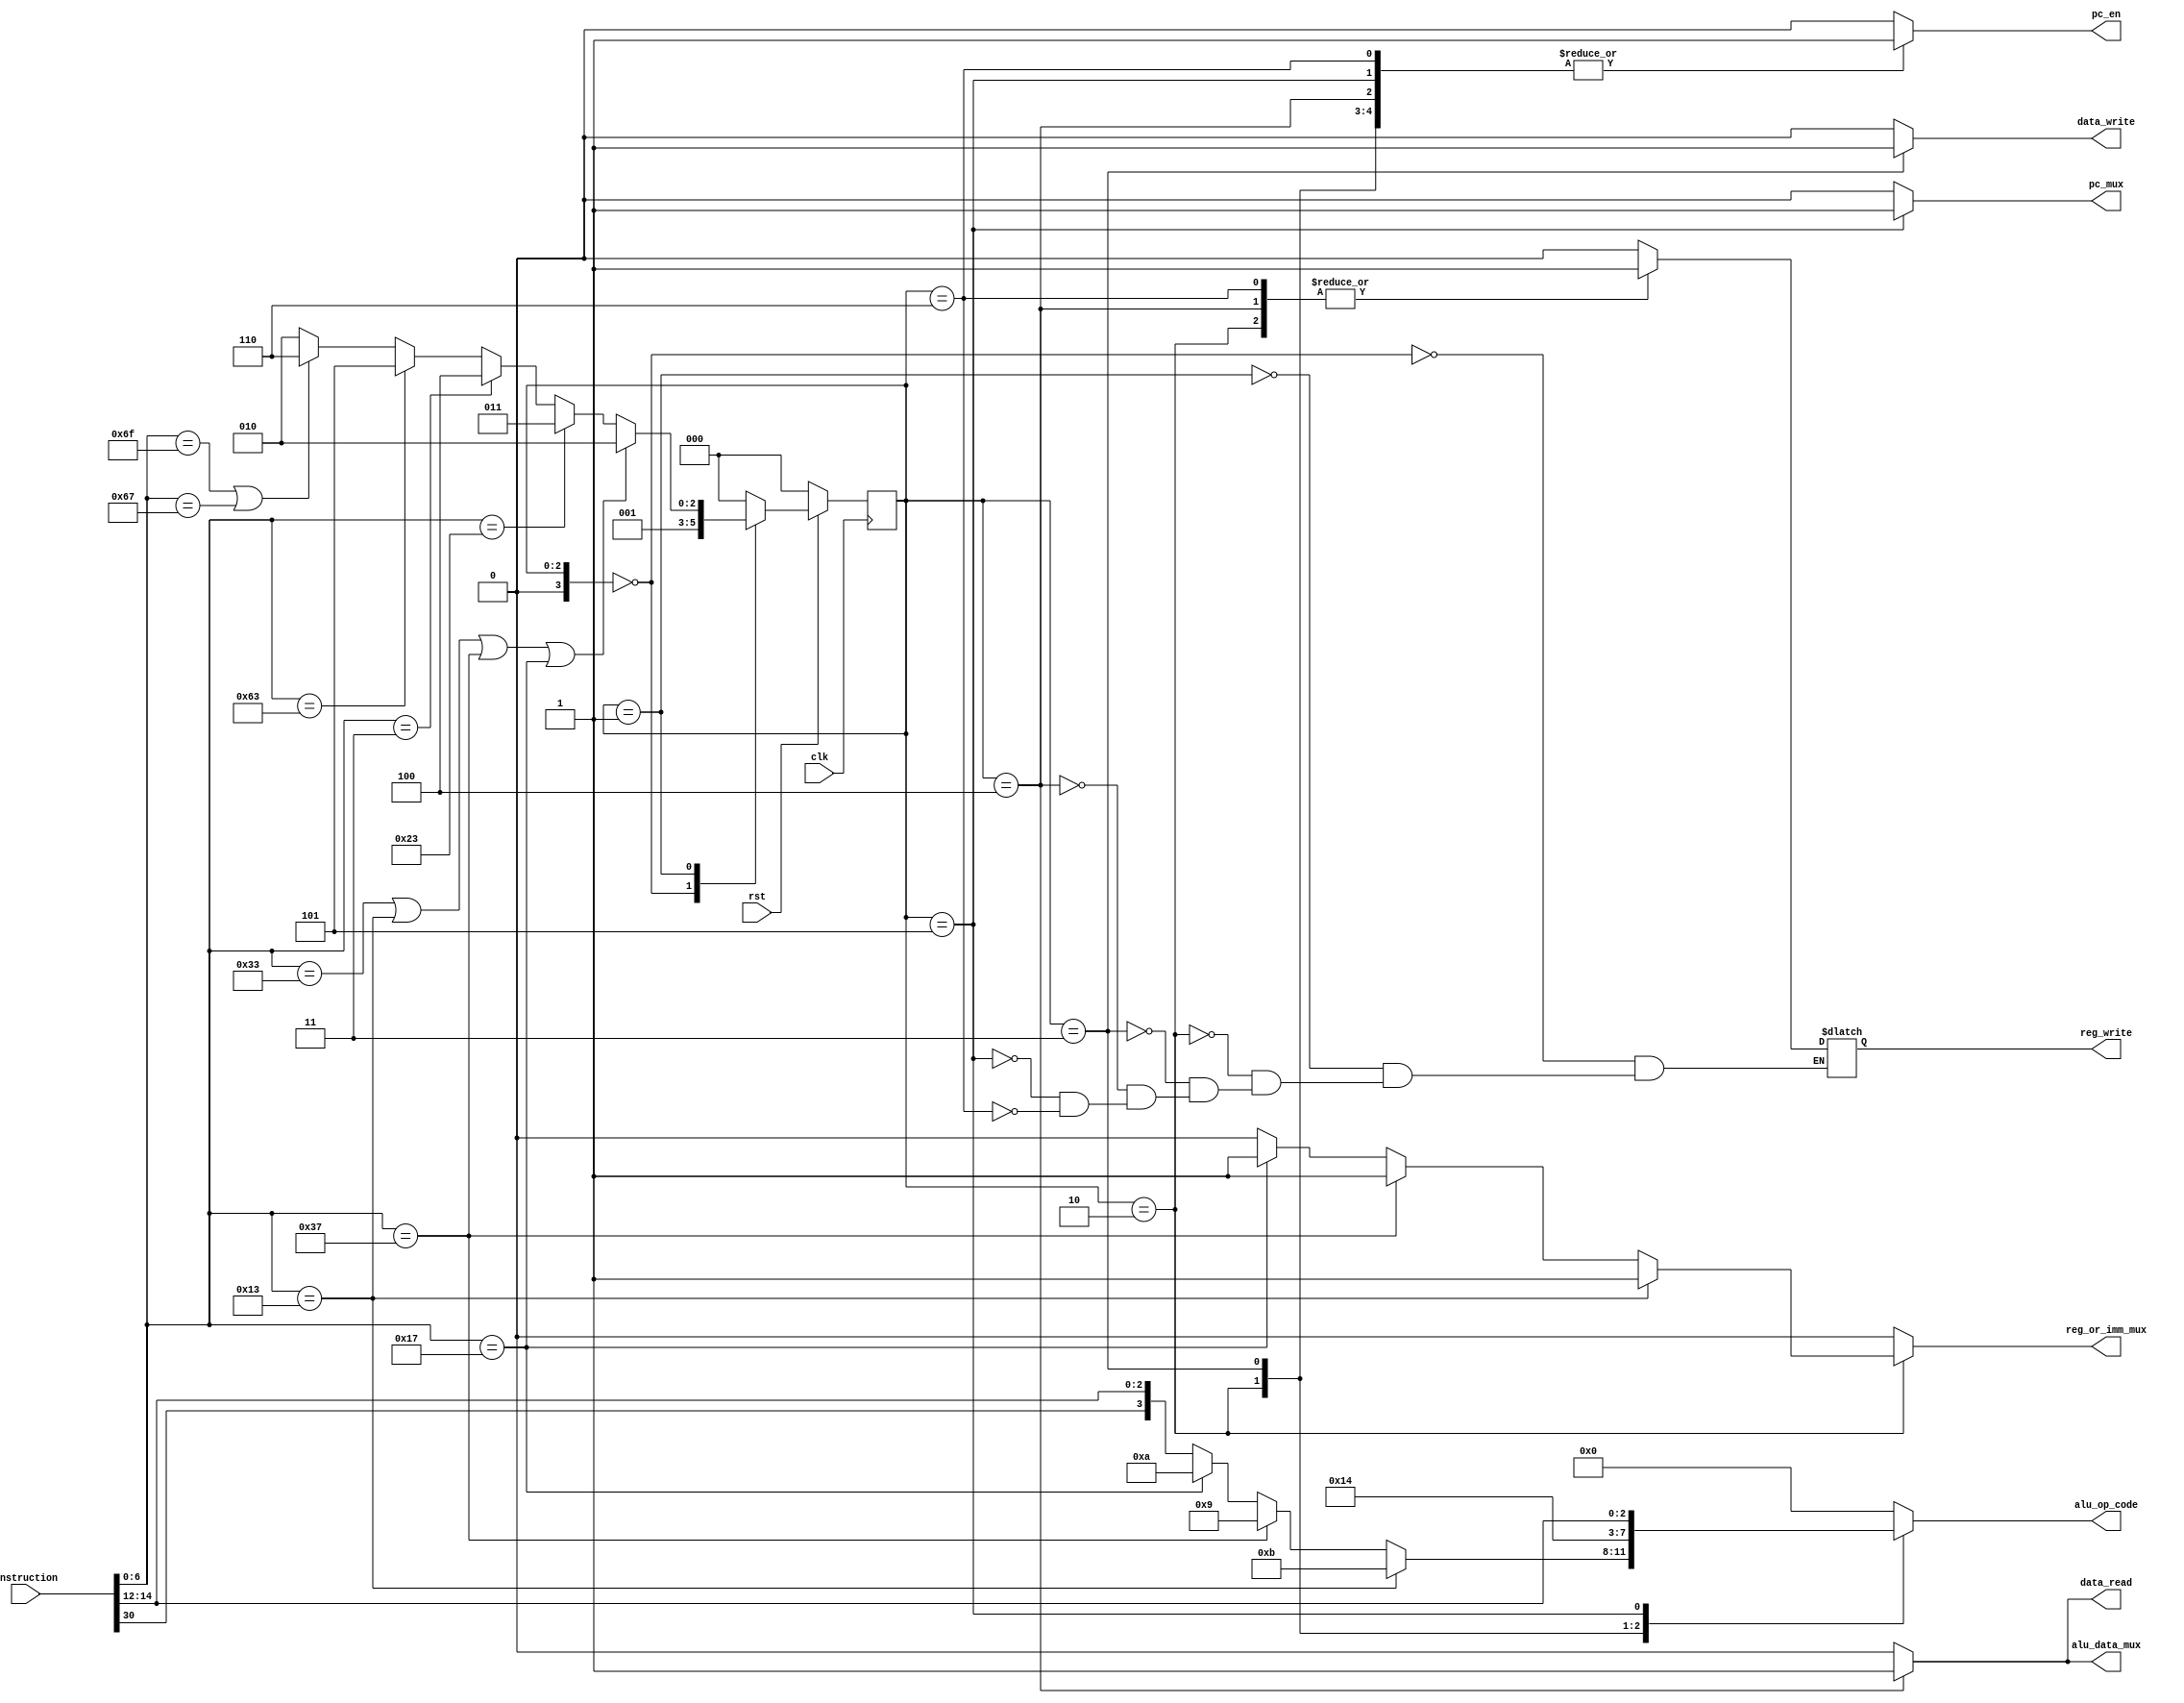
module control(clk, rst, instruction, reg_or_imm_mux, data_read, data_write, alu_op_code, alu_data_mux, pc_mux, reg_write, pc_en/* state_counter*/);

input clk, rst;
input [31:0] instruction;

output reg [3:0] alu_op_code;
output reg reg_or_imm_mux, data_read, data_write, alu_data_mux, pc_mux, reg_write, pc_en;

reg [3:0] state_counter = 4'b0000;


	//OpCode Parameters
	
	//R & I Type 
	parameter REG_TO_REG   = 7'b0110011;
	parameter IMM_TO_REG   = 7'b0010011;
	parameter LUI_TO_REG   = 7'b0110111;
	parameter AUIPC_TO_REG = 7'b0010111; // Adds 20 immediate bits to upper portion of program counter
	
	//Jump 
	parameter JAL_INSTR    = 7'b1101111;
	parameter JALR_INSTR   = 7'b1100111;
	
	//Branch
	parameter BRANCH_INSTR = 7'b1100011;
	
	//Load word, half-word, and byte from memory into RD
	parameter LOAD_WORD_RD = 7'b0000011;
	
	//Store word, half-word, and byte from R2 into memory
	parameter STORE_WORD_R2 = 7'b0100011;
	
	//FENCE and FENCE.I
	//parameter FENCE_INSTR  = 7'b0001111;
	
	//The rest of the instructions
	//parameter ADD_INSTRS   = 7'b1110011;
	
	// Next state logic
always @(posedge clk)
 begin
	if(rst == 0) state_counter <= 4'b0000;
	// Else, check if the state counter is at the end and if not increment it to the next state.
	else
	begin
		case(state_counter)
			0: state_counter <= 1;
			1: begin
					if(instruction[6:0] == REG_TO_REG  || 
						instruction[6:0] == IMM_TO_REG  || 
						instruction[6:0] == LUI_TO_REG  ||
						instruction[6:0] == AUIPC_TO_REG)       state_counter <= 4'b0010; // R or I type instruction
					else if(instruction[6:0] == STORE_WORD_R2) state_counter <= 4'b0011; // Store instruction
					else if(instruction[6:0] == LOAD_WORD_RD)  state_counter <= 4'b0100; // Load instruction
					else if(instruction[6:0] == BRANCH_INSTR)  state_counter <= 4'b0101; // Branch instruction
					else if(instruction[6:0] == JAL_INSTR ||
							  instruction[6:0] == JALR_INSTR)    state_counter <= 4'b0110; // Jump instruction
					else state_counter <= 4'b0010;// Everything else right now
				end
			2: state_counter <= 4'b0000;
			3: state_counter <= 4'b0000;
			4: state_counter <= 4'b0000;
			5: state_counter <= 4'b0000;
			6: state_counter <= 4'b0000;
			//7: state_counter <= 4'b0000;
			default: state_counter <= 0;
		endcase
	end
 end
 
 // Output logic
 always @(state_counter)
 begin
	case(state_counter)
		0: begin // Fetch stage
				
				alu_op_code   = 4'b0000;
				reg_or_imm_mux= 1'b0;
				data_read     = 1'b0;
				data_write    = 1'b0;
				alu_data_mux  = 1'b0;
				pc_mux        = 1'b0;
				reg_write     = 1'b0;
				pc_en         = 1'b0;
				
			end
		1: begin // Decode Stage
				
				alu_op_code   = 4'b0000;
				reg_or_imm_mux= 1'b0;
				data_read     = 1'b0;
				data_write    = 1'b0;
				alu_data_mux  = 1'b0;
				pc_mux        = 1'b0; 
				reg_write     = 1'b0;
				pc_en         = 1'b0;
				
			end
		2: begin // R-Type
				
				reg_or_imm_mux= 1'b0;
				data_read     = 1'b0;
				data_write    = 1'b0;
				reg_write     = 1'b1;
				alu_data_mux  = 1'b0;
				pc_mux        = 1'b0;
				pc_en         = 1'b1;
				if(instruction[6:0] == IMM_TO_REG) 
					begin
						reg_or_imm_mux = 1'b1;
						alu_op_code = 4'b1011;
					end
				else if (instruction[6:0] == LUI_TO_REG)
					begin
						reg_or_imm_mux = 1'b1;
						alu_op_code = 4'd9;
					end
				else if (instruction[6:0] == AUIPC_TO_REG)
					begin
						reg_or_imm_mux = 1'b1;
						alu_op_code = 4'd10;
					end
				else 
				begin
					reg_or_imm_mux = 1'b0;
					alu_op_code ={instruction[30], instruction[14:12]};
				end
				
			end
		3: begin // Store into memory
				
				alu_op_code   = 4'b1010; // Need to find out what no op or push Rs1 through
				reg_or_imm_mux= 1'b0;
				data_read     = 1'b0;
				data_write    = 1'b1;
				alu_data_mux  = 1'b0;
				pc_mux        = 1'b0;
				reg_write     = 1'b0;
				pc_en         = 1'b1;
				
			end
		4: begin // Load
				
				alu_op_code   = 4'b0000;
				reg_or_imm_mux= 1'b0;
				data_read     = 1'b1;
				data_write    = 1'b0;
				alu_data_mux  = 1'b1;
				pc_mux        = 1'b0;
				reg_write     = 1'b1;
				pc_en         = 1'b1;
			end
		5: begin // Branch
				
				alu_op_code   = {1'b0, instruction[14:12]};
				reg_or_imm_mux= 1'b0;
				data_read     = 1'b0;
				data_write    = 1'b0;
				alu_data_mux  = 1'b0;
				pc_mux        = 1'b1;
				reg_write     = 1'b0;
				pc_en         = 1'b1;
			end
		6: begin // Jump
				
				alu_op_code   = 4'b0000;
				reg_or_imm_mux= 1'b0;
				data_read     = 1'b0;
				data_write    = 1'b0;
				alu_data_mux  = 1'b0;
				pc_mux        = 1'b0;
				reg_write     = 1'b1;
				pc_en         = 1'b1;
			end
		default: begin
				
				alu_op_code   = 4'b0000;
				reg_or_imm_mux= 1'b0;
				data_read     = 1'b0;
				data_write    = 1'b0;
				alu_data_mux  = 1'b0;
				pc_mux        = 1'b0;
				pc_en         = 1'b0;
			end
	endcase
 end
 
endmodule